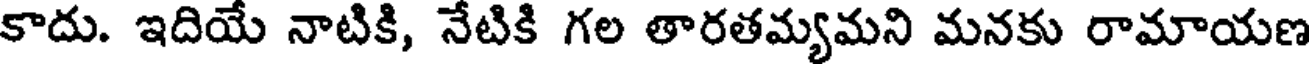
కాదు. ఇదియే నాటికి, నేటికి గల తారతమ్యమని మనకు రామాయణ